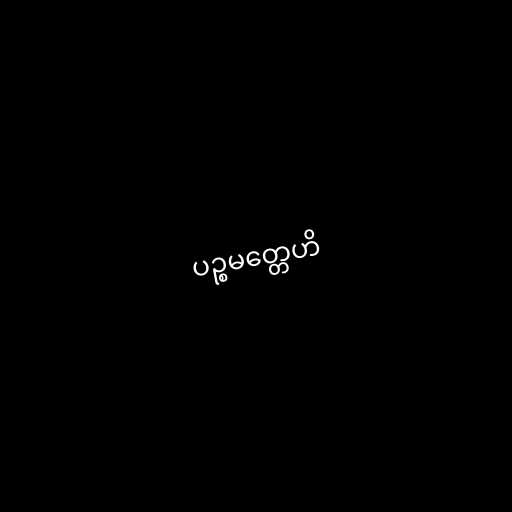
ပဉ္စမတ္တေဟိ